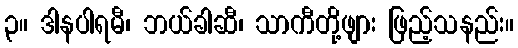
၃။ ဒါနပါရမီ၊ ဘယ်ခါဆီ၊ သာကီတို့ဖျား ဖြည့်သနည်း။